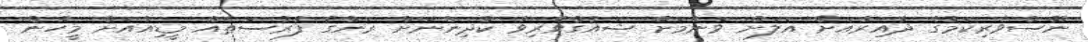
ނޫސްވެރިކަމުގެ ދާއިރާއަށް އަލަށް ވަނުމަށް ޝައުގުވެރިވާ ކުދިންނަށް ރަނުގެ ފުރުސަތެއް މީޑިއާއަށް މީހުން